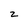
Character: Z